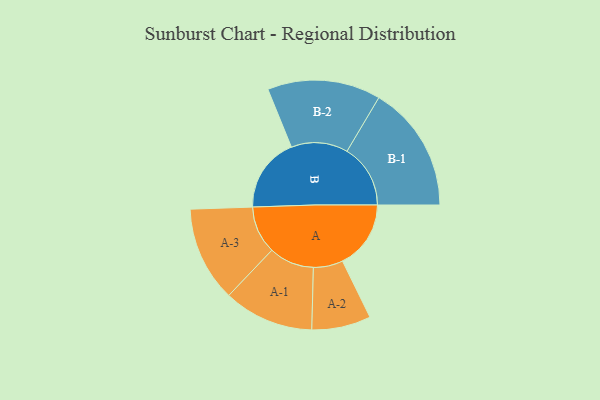
{"axis": {"x": "Segment", "y": "Value"}, "legend": ["", "A", "B"], "data": [{"x": "A", "y": 250, "type": ""}, {"x": "B", "y": 273, "type": ""}, {"x": "A-1", "y": 165, "type": "A"}, {"x": "A-2", "y": 108, "type": "A"}, {"x": "A-3", "y": 174, "type": "A"}, {"x": "B-1", "y": 232, "type": "B"}, {"x": "B-2", "y": 207, "type": "B"}]}